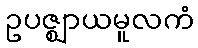
ဥပဇ္ဈာယမူလကံ